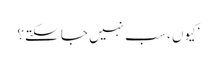
‘کیوں ، سب نہیں جا سکتے؟